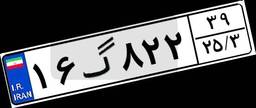
۱۶گ۸۲۲۳۹